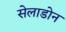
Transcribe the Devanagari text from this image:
सेलाडोन